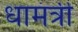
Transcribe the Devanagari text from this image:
धामंत्री